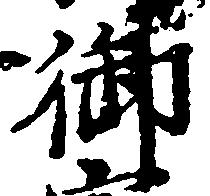
御